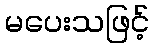
မပေးသဖြင့်